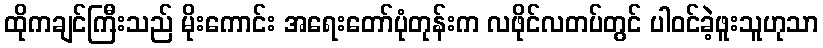
ထိုကချင်ကြီးသည် မိုးကောင်း အရေးတော်ပုံတုန်းက လဖိုင်လတပ်တွင် ပါဝင်ခဲ့ဖူးသူဟုသာ